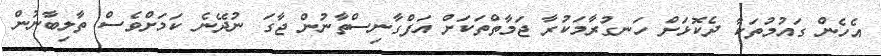
އެހެން ގައުމުތަކާ ދެކޮޅަށް ހަނގުރާމަކުރާ ޖަމާތްތަކަށް އަފްގާނިސްތާނުން ޖާގަ ނުދޭނެ ކަމަށްވެސް ތާލިބާނުން